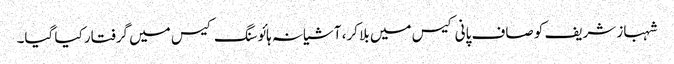
شہباز شریف کو صاف پانی کیس میں بلا کر، آشیانہ ہائوسنگ کیس میں گرفتار کیا گیا۔